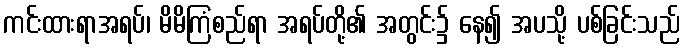
ကင်းထားရာအရပ်၊ မိမိကြံစည်ရာ အရပ်တို့၏ အတွင်း၌ နေ၍ အပသို့ ပစ်ခြင်းသည်